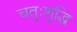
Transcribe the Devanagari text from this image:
चतुःशुद्धि